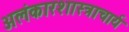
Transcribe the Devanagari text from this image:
अलंकारशास्त्राचार्य